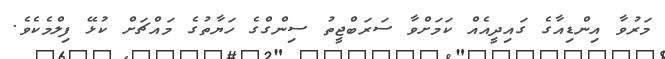
މަރުވާ އިންޑިއާގެ ގައިދީއެއް ކަމަށްވާ ސަރަބްޖީތު ސިންގްގެ ހަޔާތުގެ މައްޗަށް ކުޅޭ ފިލްމެކެވެ.